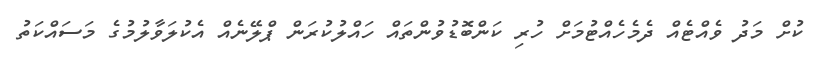
ކުށް މަދު ވެއްޓެއް ދެމެހެއްޓުމަށް ހުރި ކަންބޮޑުވުންތައް ހައްލުކުރަން ޕްލޭނެއް އެކުލަވާލުމުގެ މަސައްކަތު